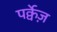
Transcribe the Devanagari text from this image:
पर्क्वेज़